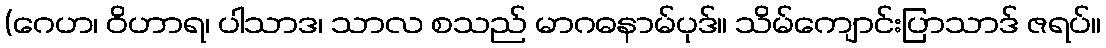
(ဂေဟ၊ ဝိဟာရ၊ ပါသာဒ၊ သာလ စသည် မာဂဓနာမ်ပုဒ်။ သိမ်ကျောင်းပြာသာဒ် ဇရပ်။